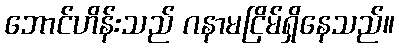
ဘောင်ဟိန်းသည် ဂနာမငြိမ်ရှိနေသည်။